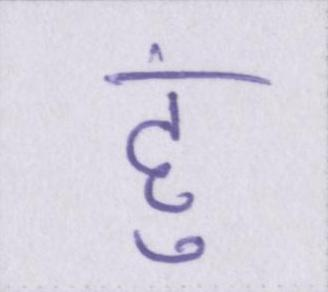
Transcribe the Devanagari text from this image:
हु